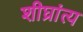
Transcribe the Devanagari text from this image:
शीघ्रांत्य